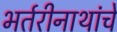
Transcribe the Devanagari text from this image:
भर्तरीनाथांचे